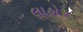
લાહોર